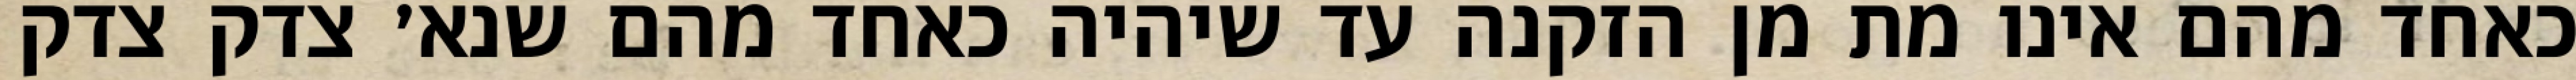
כאחד מהם אינו מת מן הזקנה עד שיהיה כאחד מהם שנא׳ צדק צדק